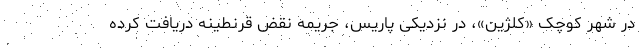
در شهر کوچک «کلژین»، در نزدیکی پاریس، جریمه نقض قرنطینه دریافت کرده